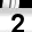
Digit: 2